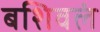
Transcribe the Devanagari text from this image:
बशिवलं